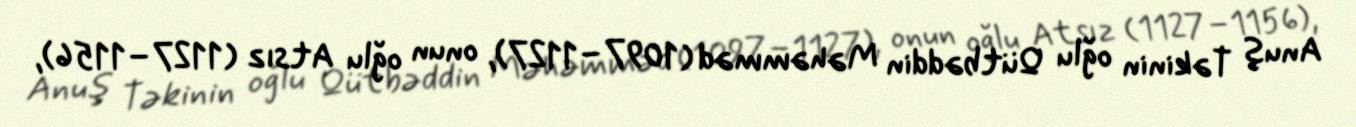
Anuş Təkinin oğlu Qütbəddin Məhəmməd (1097–1127), onun oğlu Atsız (1127–1156),